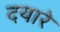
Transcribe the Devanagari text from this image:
दयारे